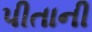
પીતાની